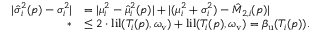
\begin{array} { r l } { | \hat { \sigma } _ { i } ^ { 2 } ( p ) - \sigma _ { i } ^ { 2 } | } & { = | \mu _ { i } ^ { 2 } - \hat { \mu } _ { i } ^ { 2 } ( p ) | + | ( \mu _ { i } ^ { 2 } + \sigma _ { i } ^ { 2 } ) - \hat { M } _ { 2 , i } ( p ) | } \\ { * } & { \leq 2 \cdot \mathrm { l i l } ( T _ { i } ( p ) , \omega _ { \mathrm { v } } ) + \mathrm { l i l } ( T _ { i } ( p ) , \omega _ { \mathrm { v } } ) = \beta _ { \mathrm { u } } ( T _ { i } ( p ) ) . } \end{array}